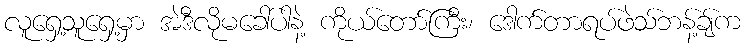
လူရှေ့သူရှေ့မှာ အဲဒီလိုမခေါ်ပါနဲ့ ကိုယ်တော်ကြီး၊ ဒေါက်တာရပ်ဖဲသ်ဘန့်ချ်က